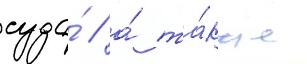
суда́ / а́ та́кже